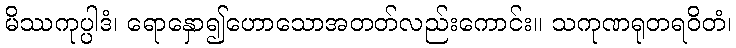
မိဿကုပ္ပါဒံ၊ ရောနှော၍ဟောသောအတတ်လည်းကောင်း။ သကုဏရုတရဝိတံ၊